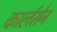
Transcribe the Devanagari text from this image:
कार्लसेन